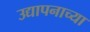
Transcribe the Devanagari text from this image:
उद्यापनाच्या